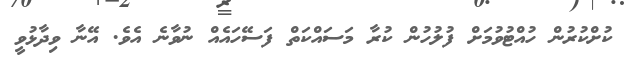
ކުށްކުރުން ހުއްޓުވުމަށް ފުލުހުން ކުރާ މަސައްކަތް ފަސޭހައެއް ނުވާނެ އެވެ. އޭނާ ވިދާޅުވީ